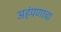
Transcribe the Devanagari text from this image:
अहंपणाचा